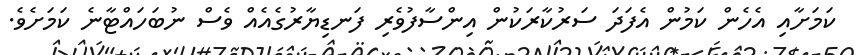
ކަމަށާއި އެހެން ކަމުން އެފަދަ ސަރުކާރަކުން އިންސާފުވެރި ފަނޑިޔާރުގެއެއް ވެސް ނުބަހައްޓާނެ ކަމަށެވެ.